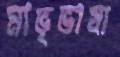
মাভৃভাষা